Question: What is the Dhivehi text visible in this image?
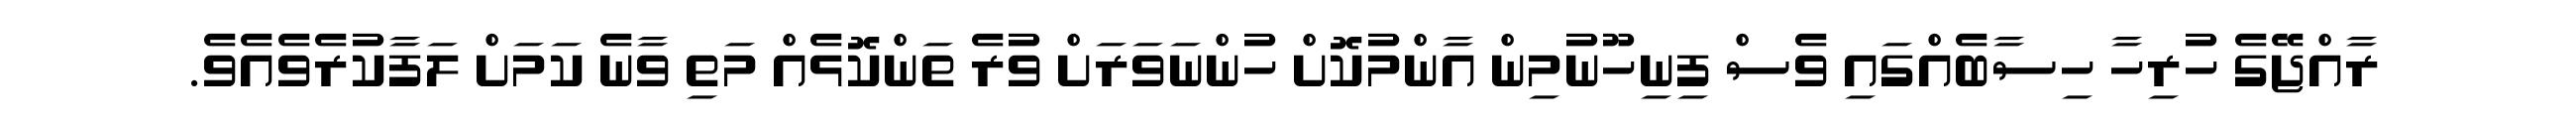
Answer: ރާއްޖޭގެ ހުރިހާ ހިސާބެއްގައި ވެސް ފިނިހޫނުމިން އާންމުކޮށް ހުންނަވަރަށް ވުރެ ތަންކޮޅެއް މަތި ވާނެ ކަމަށް ލަފާކުރެވެއެވެ.